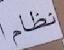
نظام